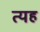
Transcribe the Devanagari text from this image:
त्यह